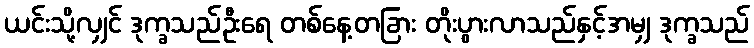
ယင်းသို့လျှင် ဒုက္ခသည်ဦးရေ တစ်နေ့တခြား တိုးပွားလာသည်နှင့်အမျှ ဒုက္ခသည်